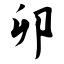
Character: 卯